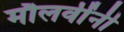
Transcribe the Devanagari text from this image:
मौलवींनी